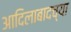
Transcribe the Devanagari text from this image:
आदिलाबादच्या